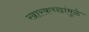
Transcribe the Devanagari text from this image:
खारकच्छांमुळे